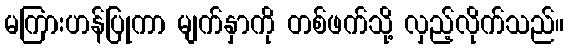
မကြားဟန်ပြုကာ မျက်နှာကို တစ်ဖက်သို့ လှည့်လိုက်သည်။